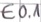
Text: E0.1